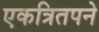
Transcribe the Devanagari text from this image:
एकत्रितपने